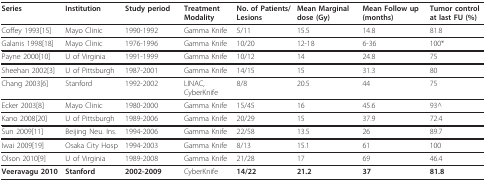
<table><thead><tr><td><b>Series</b></td><td><b>Institution</b></td><td><b>Study period</b></td><td><b>Treatment Modality</b></td><td><b>No. of Patients/Lesions</b></td><td><b>Mean Marginal dose (Gy)</b></td><td><b>Mean Follow up (months)</b></td><td><b>Tumor control at last FU (%)</b></td></tr></thead><tbody><tr><td>Coffey 1993[15]</td><td>Mayo Clinic</td><td>1990-1992</td><td>Gamma Knife</td><td>5/11</td><td>15.5</td><td>14.8</td><td>81.8</td></tr><tr><td>Galanis 1998[18]</td><td>Mayo Clinic</td><td>1976-1996</td><td>Gamma Knife</td><td>10/20</td><td>12-18</td><td>6-36</td><td>100*</td></tr><tr><td>Payne 2000[10]</td><td>U of Virginia</td><td>1991-1999</td><td>Gamma Knife</td><td>10/12</td><td>14</td><td>24.8</td><td>75</td></tr><tr><td>Sheehan 2002[3]</td><td>U of Pittsburgh</td><td>1987-2001</td><td>Gamma Knife</td><td>14/15</td><td>15</td><td>31.3</td><td>80</td></tr><tr><td>Chang 2003[6]</td><td>Stanford</td><td>1992-2002</td><td>LINAC, CyberKnife</td><td>8/8</td><td>20.5</td><td>44</td><td>75</td></tr><tr><td>Ecker 2003[8]</td><td>Mayo Clinic</td><td>1980-2000</td><td>Gamma Knife</td><td>15/45</td><td>16</td><td>45.6</td><td>93^</td></tr><tr><td>Kano 2008[20]</td><td>U of Pittsburgh</td><td>1989-2006</td><td>Gamma Knife</td><td>20/29</td><td>15</td><td>37.9</td><td>72.4</td></tr><tr><td>Sun 2009[11]</td><td>Beijing Neu. Ins.</td><td>1994-2006</td><td>Gamma Knife</td><td>22/58</td><td>13.5</td><td>26</td><td>89.7</td></tr><tr><td>Iwai 2009[19]</td><td>Osaka City Hosp</td><td>1994-2003</td><td>Gamma Knife</td><td>8/13</td><td>15.1</td><td>61</td><td>100</td></tr><tr><td>Olson 2010[9]</td><td>U of Virginia</td><td>1989-2008</td><td>Gamma Knife</td><td>21/28</td><td>17</td><td>69</td><td>46.4</td></tr><tr><td><b>Veeravagu 2010</b></td><td><b>Stanford</b></td><td><b>2002-2009</b></td><td>CyberKnife</td><td><b>14/22</b></td><td><b>21.2</b></td><td><b>37</b></td><td><b>81.8</b></td></tr></tbody></table>